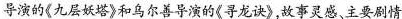
导演的《九层妖塔》和乌尔善导演的《寻龙诀》,故事灵感、主要剧情